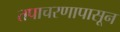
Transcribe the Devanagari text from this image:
तपाचरणापासून